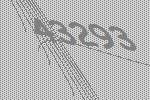
43293